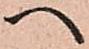
へ